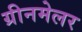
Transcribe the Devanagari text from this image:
ग्रीनमेलर